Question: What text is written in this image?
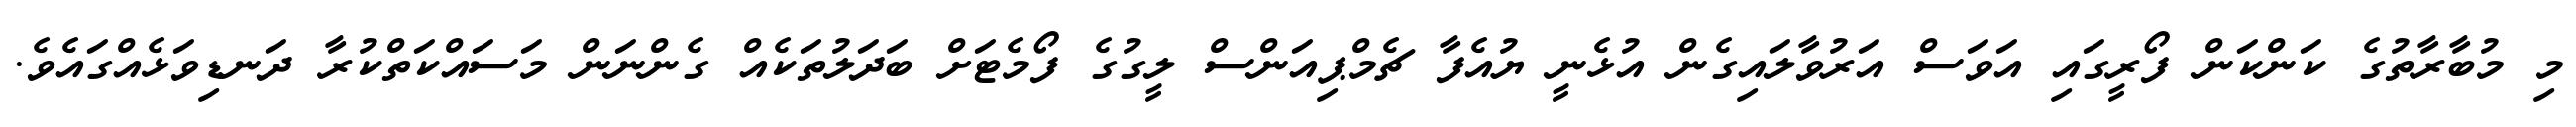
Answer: މި މުބާރާތުގެ ކަންކަން ފޯރީގައި އަވަސް އަރުވާލައިގެން އުޅެނީ ޔުއެފާ ޗެމްޕިއަންސް ލީގުގެ ފޯމެޓަށް ބަދަލުތަކެއް ގެންނަން މަސައްކަތްކުރާ ދަނޑިވަޅެއްގައެވެ.